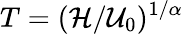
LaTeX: T=(\mathcal{H}/\mathcal{{U}}_{0})^{1/\alpha}